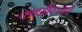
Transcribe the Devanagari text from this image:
पणशीकरांचे